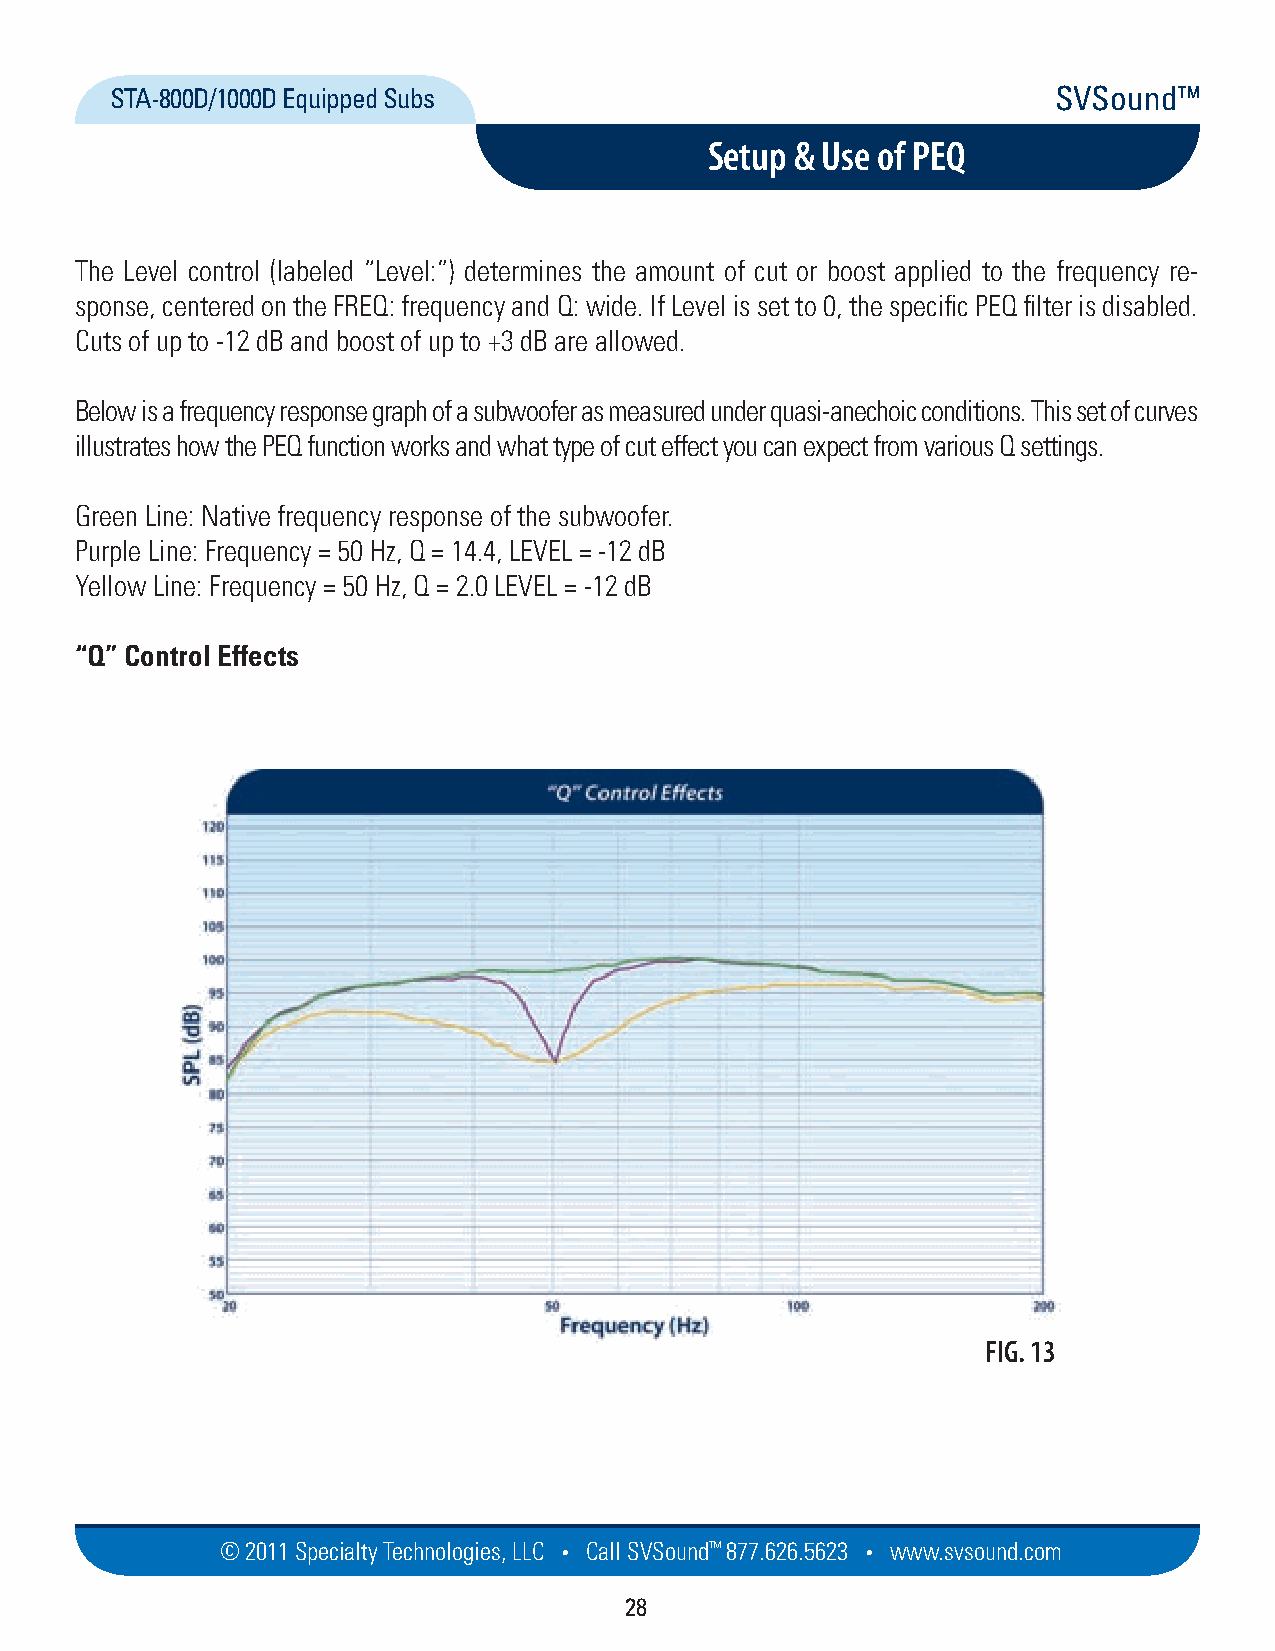
STA-800D/1000D Equipped Subs                                   SVSound™
 Setup & Use of PEQ
 The Level control (labeled “Level:”) determines the amount of cut or boost applied to the frequency re-
 sponse, centered on the FREQ: frequency and Q: wide. If Level is set to 0, the specific PEQ filter is disabled.
 Cuts of up to -12 dB and boost of up to +3 dB are allowed.
 Below is a frequency response graph of a subwoofer as measured under quasi-anechoic conditions. This set of curves
 illustrates how the PEQ function works and what type of cut effect you can expect from various Q settings.
 Green Line: Native frequency response of the subwoofer.
 Purple Line: Frequency = 50 Hz, Q = 14.4, LEVEL = -12 dB
 Yellow Line: Frequency = 50 Hz, Q = 2.0 LEVEL = -12 dB
 “Q” Control Effects
 FIG. 13
 © 2011 Specialty Techno logies, LLC • Call SVSound™ 877.626.5623 • www.svs ou nd.com
 28